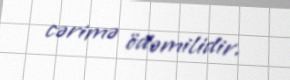
cərimə ödəmilidir.